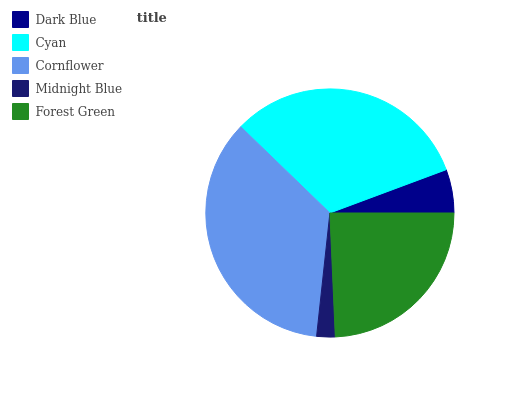
| Dark Blue | Cyan | Cornflower | Midnight Blue | Forest Green |
 | --- | --- | --- | --- | --- |
 | 5.66% | 32.1% | 35.5% | 2.4% | 24.3% |